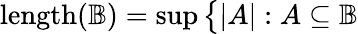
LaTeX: \mathrm{{length}}({\mathbb{B}})=\operatorname*{sup}{\big\{ }|A|:A\subseteq{\mathbb{B}}